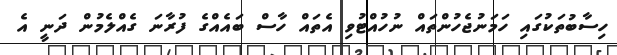
ހިސާބުތަކުގައި ހަމަނުޖެހުންތައް ނުހުއްޓުވި އެތައް ހާސް ބައެއްގެ ފުރާނަ ގެއްލެމުން ދަނީ އެ